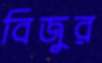
বিজুর